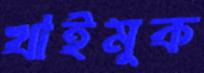
খাইমুক